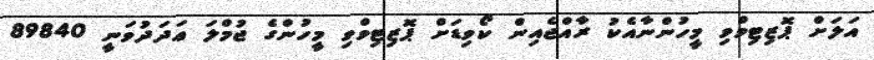
އަލަށް ޕޮޒިޓިވްވި މީހުންނާއެކު ރާއްޖެއިން ކޯވިޑަށް ޕޮޒިޓިވްވި މީހުންގެ ޖުމްލަ ޢަދަދުވަނީ 89840